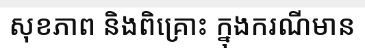
សុខភាព និងពិគ្រោះ ក្នុងករណីមាន